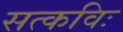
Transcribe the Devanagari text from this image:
सत्कविः